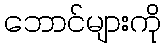
ဘောင်များကို